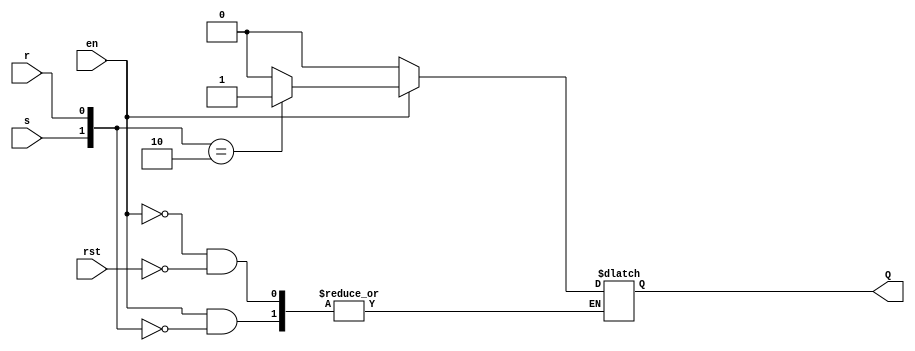
module SR_latch(input rst,s,r,en,output reg Q );
always@(*)begin
if(rst)
Q<=1'b00;
if(en)begin
case({s,r})
     2'b00 : Q<= Q;
     2'b01 : Q<= 1'b0;
     2'b10 : Q<= 1'b1; 
default : Q<=2'bxx;
  
 endcase
      end
      end
  endmodule